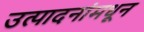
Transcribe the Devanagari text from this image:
उत्पादनांमधून